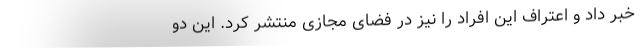
خبر داد و اعتراف این افراد را نیز در فضای مجازی منتشر کرد. این دو